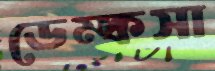
ডেম্কসা